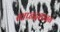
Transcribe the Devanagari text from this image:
स्वप्नदशानन